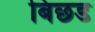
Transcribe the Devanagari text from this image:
बिछड